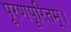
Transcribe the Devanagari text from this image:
पूरणपूरितम्।